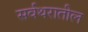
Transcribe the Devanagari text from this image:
सर्वथरातील